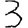
Digit: 3